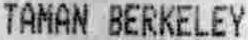
TAMAN BERKELEY